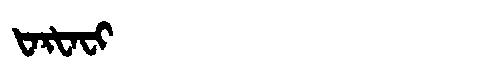
Manchu: ᡶᠠᡵᡶᠠᠸᡳ
Romanization: FARFAFI